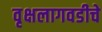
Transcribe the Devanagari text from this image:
वृक्षलागवडीचे